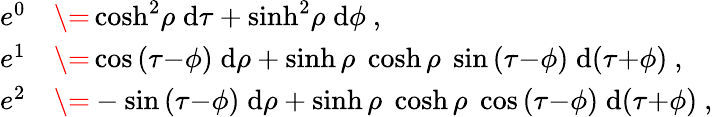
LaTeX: \begin{array}{rl}{e^{0}}&{\= \cosh^{2}\! {\rho}\; \mathrm{d}\tau+\sinh^{2}\! {\rho}\; \mathrm{d}\phi\ ,}\\ {e^{1}}&{\= \cos{(\tau{-}\phi)}\; \mathrm{d}\rho+\sinh{\rho}\; \cosh{\rho}\; \sin{(\tau{-}\phi)}\; \mathrm{d}{(\tau{+}\phi)}\ ,}\\ {e^{2}}&{\= -\sin{(\tau{-}\phi)}\; \mathrm{d}\rho+\sinh{\rho}\; \cosh{\rho}\; \cos{(\tau{-}\phi)}\; \mathrm{d}{(\tau{+}\phi)}\ ,}\end{array}